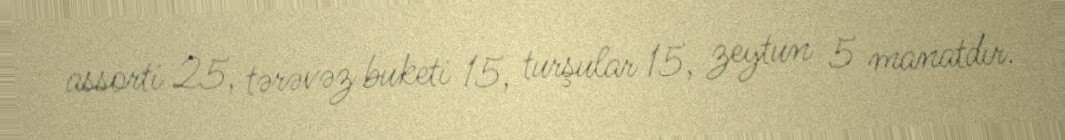
assorti 25, tərəvəz buketi 15, turşular 15, zeytun 5 manatdır.